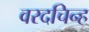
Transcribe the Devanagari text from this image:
वरदचिन्ह